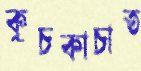
কুচকাচাত